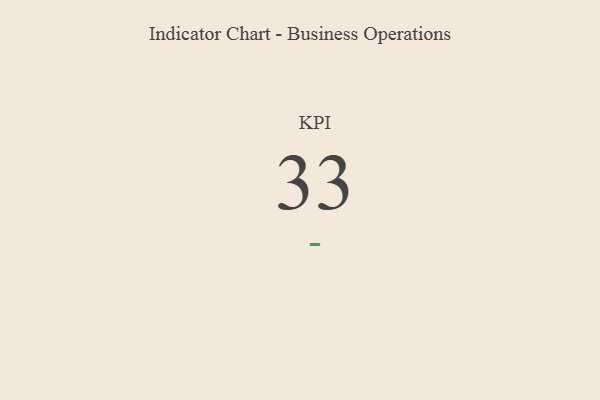
{"axis": {"x": "KPI", "y": "Value"}, "legend": [""], "data": [{"x": "KPI", "y": 33, "type": ""}]}